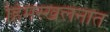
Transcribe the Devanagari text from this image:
हिमस्खलनात